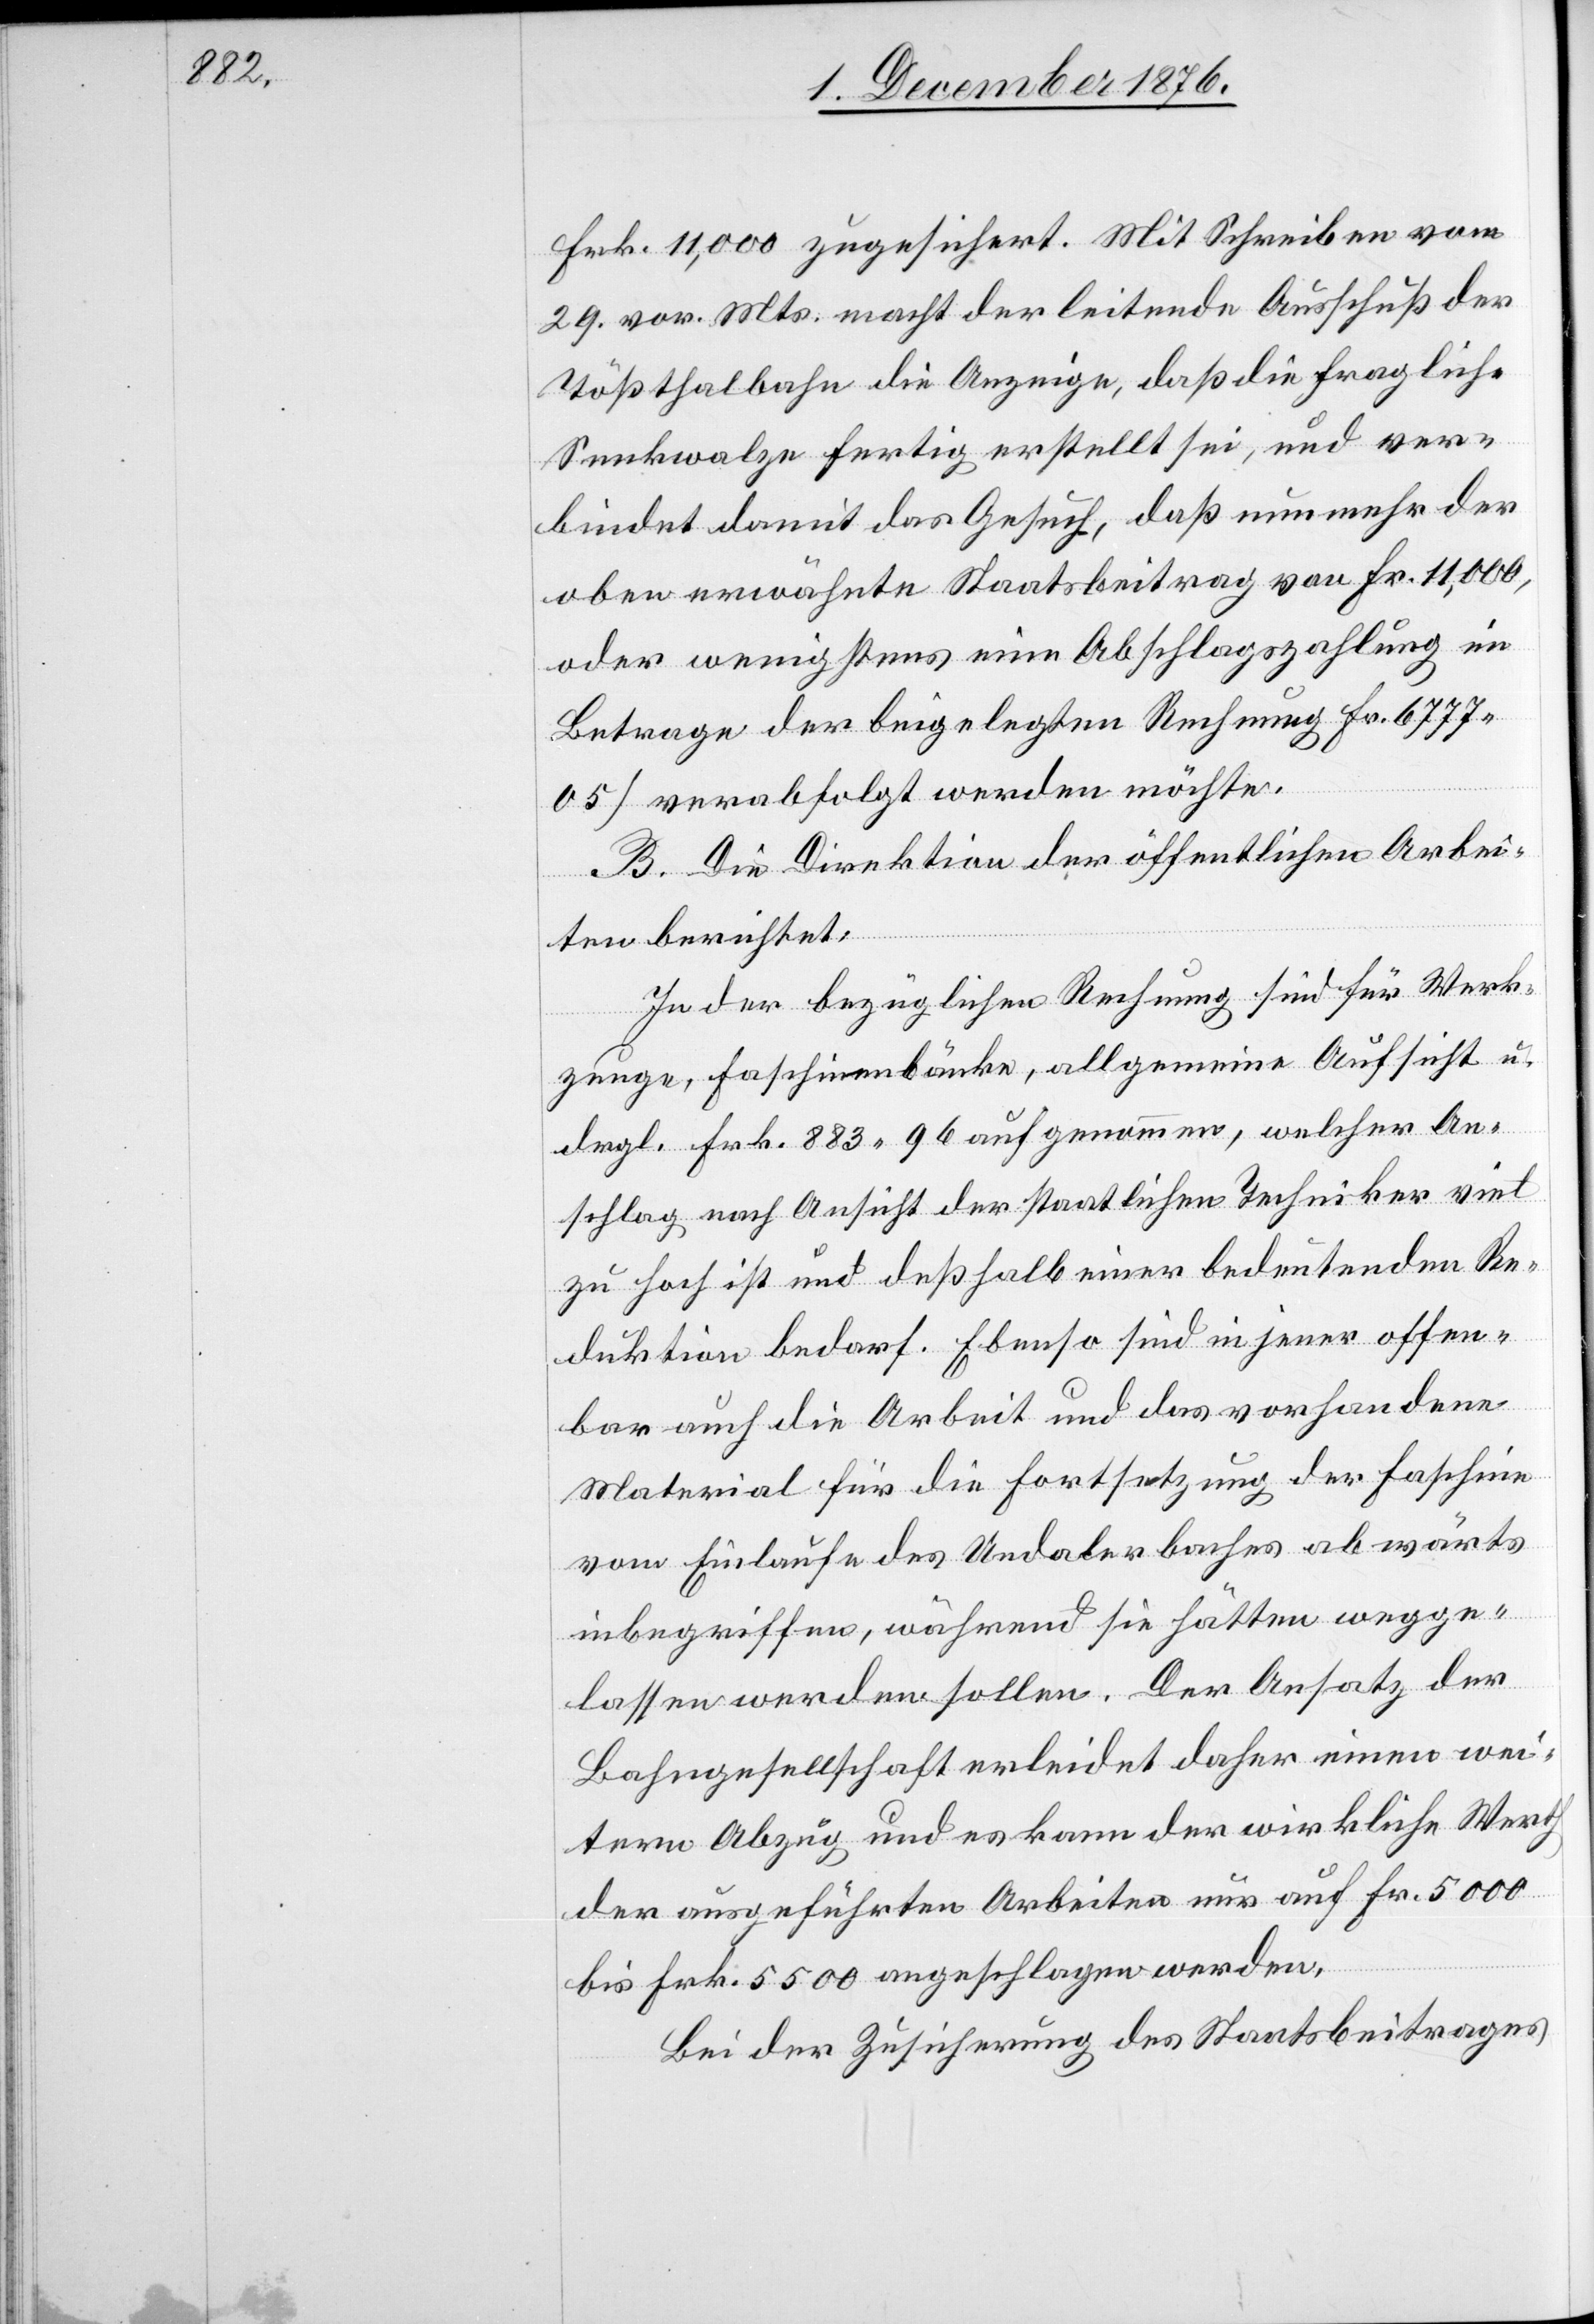
Frk. 11,000 zugesichert. Mit Schreiben vom
29. vor. Mts. macht der leitende Ausschuß der
Tößthalbahn die Anzeige, daß die fragliche
Senkwalze fertig erstellt sei, und ver¬
bindet damit das Gesuch, daß nunmehr der
oben erwähnte Staatsbeitrag von Fr. 11,000.
oder wenigstens eine Abschlagszahlung im
Betrage der beigelegten Rechnung Fr. 6777
05 verabfolgt werden möchte.
B. Die Direktion der öffentlichen Arbei¬
ten berichtet:
In der bezüglichen Rechnung sind für die Werk¬
zeuge, Faschinenbänke, allgemeine Aufsicht u.
drgl. Frk. 883 96 aufgenommen, welcher An¬
schlag nach Ansicht der staatlichen Techniker viel
zu hoch ist und deßhalb einer bedeutenden Re¬
duktion bedarf. Ebenso sind in jener offen¬
bar auch die Arbeit und das vorhandene
Material für die Fortsetzung der Faschine
vom Einlaufe des Undalerbaches abwärts
inbegriffen, während sie hätten wegge¬
lassen werden sollen. Der Ansatz der
Bahngesellschaft erleidet daher einen wei¬
tern Abzug und es kann der wirkliche Werth
der ausgeführten Arbeiten nur auf Fr. 5000
bis Frk. 5500 angeschlagen werden.
Bei der Zusicherung des Staatsbeitrages